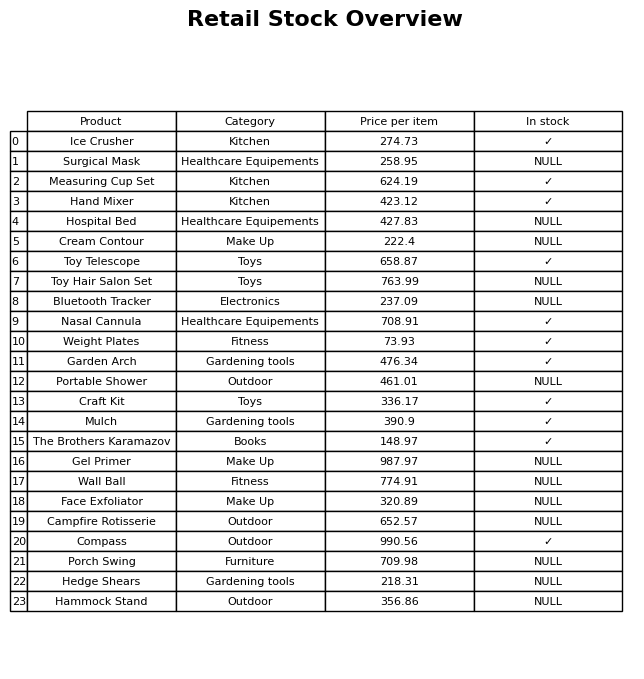
question: What category does the Mulch belong to?
answer: Gardening tools